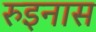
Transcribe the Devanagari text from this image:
रुइनास